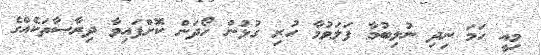
މިއީ ހަމަ ނިދި ނުލިބުމާ ފަލަވުމާ ހުރި ގުޅުން ހޯދަން ކޮށްފައިވާ ދިރާސާތަކެއްގެ